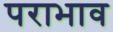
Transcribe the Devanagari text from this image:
पराभाव